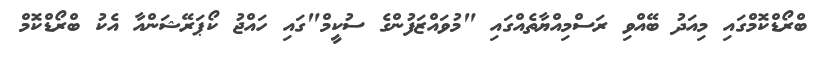
ބްރޯޑްކޮމްގައި މިއަދު ބޭއްވި ރަސްމިއްޔާތެއްގައި "މުވައްޒަފުންގެ ސުކީމް"ގައި ހައްޖު ކޯޕަރޭޝަންއާ އެކު ބްރޯޑްކޮމް